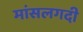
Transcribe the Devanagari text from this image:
मांसलगदी